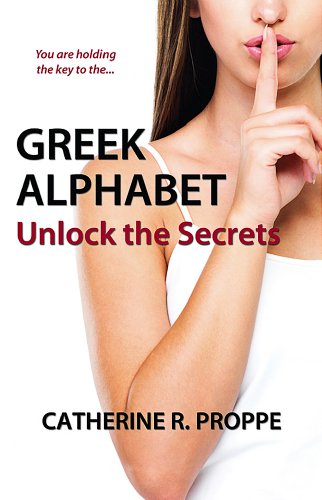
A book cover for Greek Alphabet: Unlock the Secrets; Catherine R. Proppe; Mystery, Thriller & Suspense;